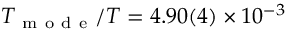
T _ { \mathrm { ~ m ~ o ~ d ~ e ~ } } / T = 4 . 9 0 ( 4 ) \times 1 0 ^ { - 3 }